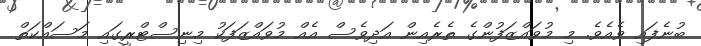
ބުނެފައި ވެއެވެ. މި މުވައްޒަފުންގެ ތެރެއިން އަދިވެސް އެއް މުވައްޒަފަކު މިނިސްޓްރީގައި މަސައްކަތް